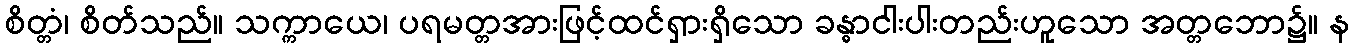
စိတ္တံ၊ စိတ်သည်။ သက္ကာယေ၊ ပရမတ္တအားဖြင့်ထင်ရှားရှိသော ခန္ဓာငါးပါးတည်းဟူသော အတ္တဘော၌။ န